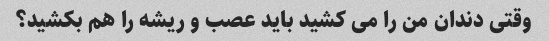
وقتی دندان من را می کشید باید عصب و ریشه را هم بکشید؟